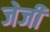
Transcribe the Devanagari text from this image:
जेजी